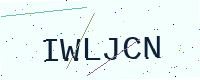
Text: IWLJCN